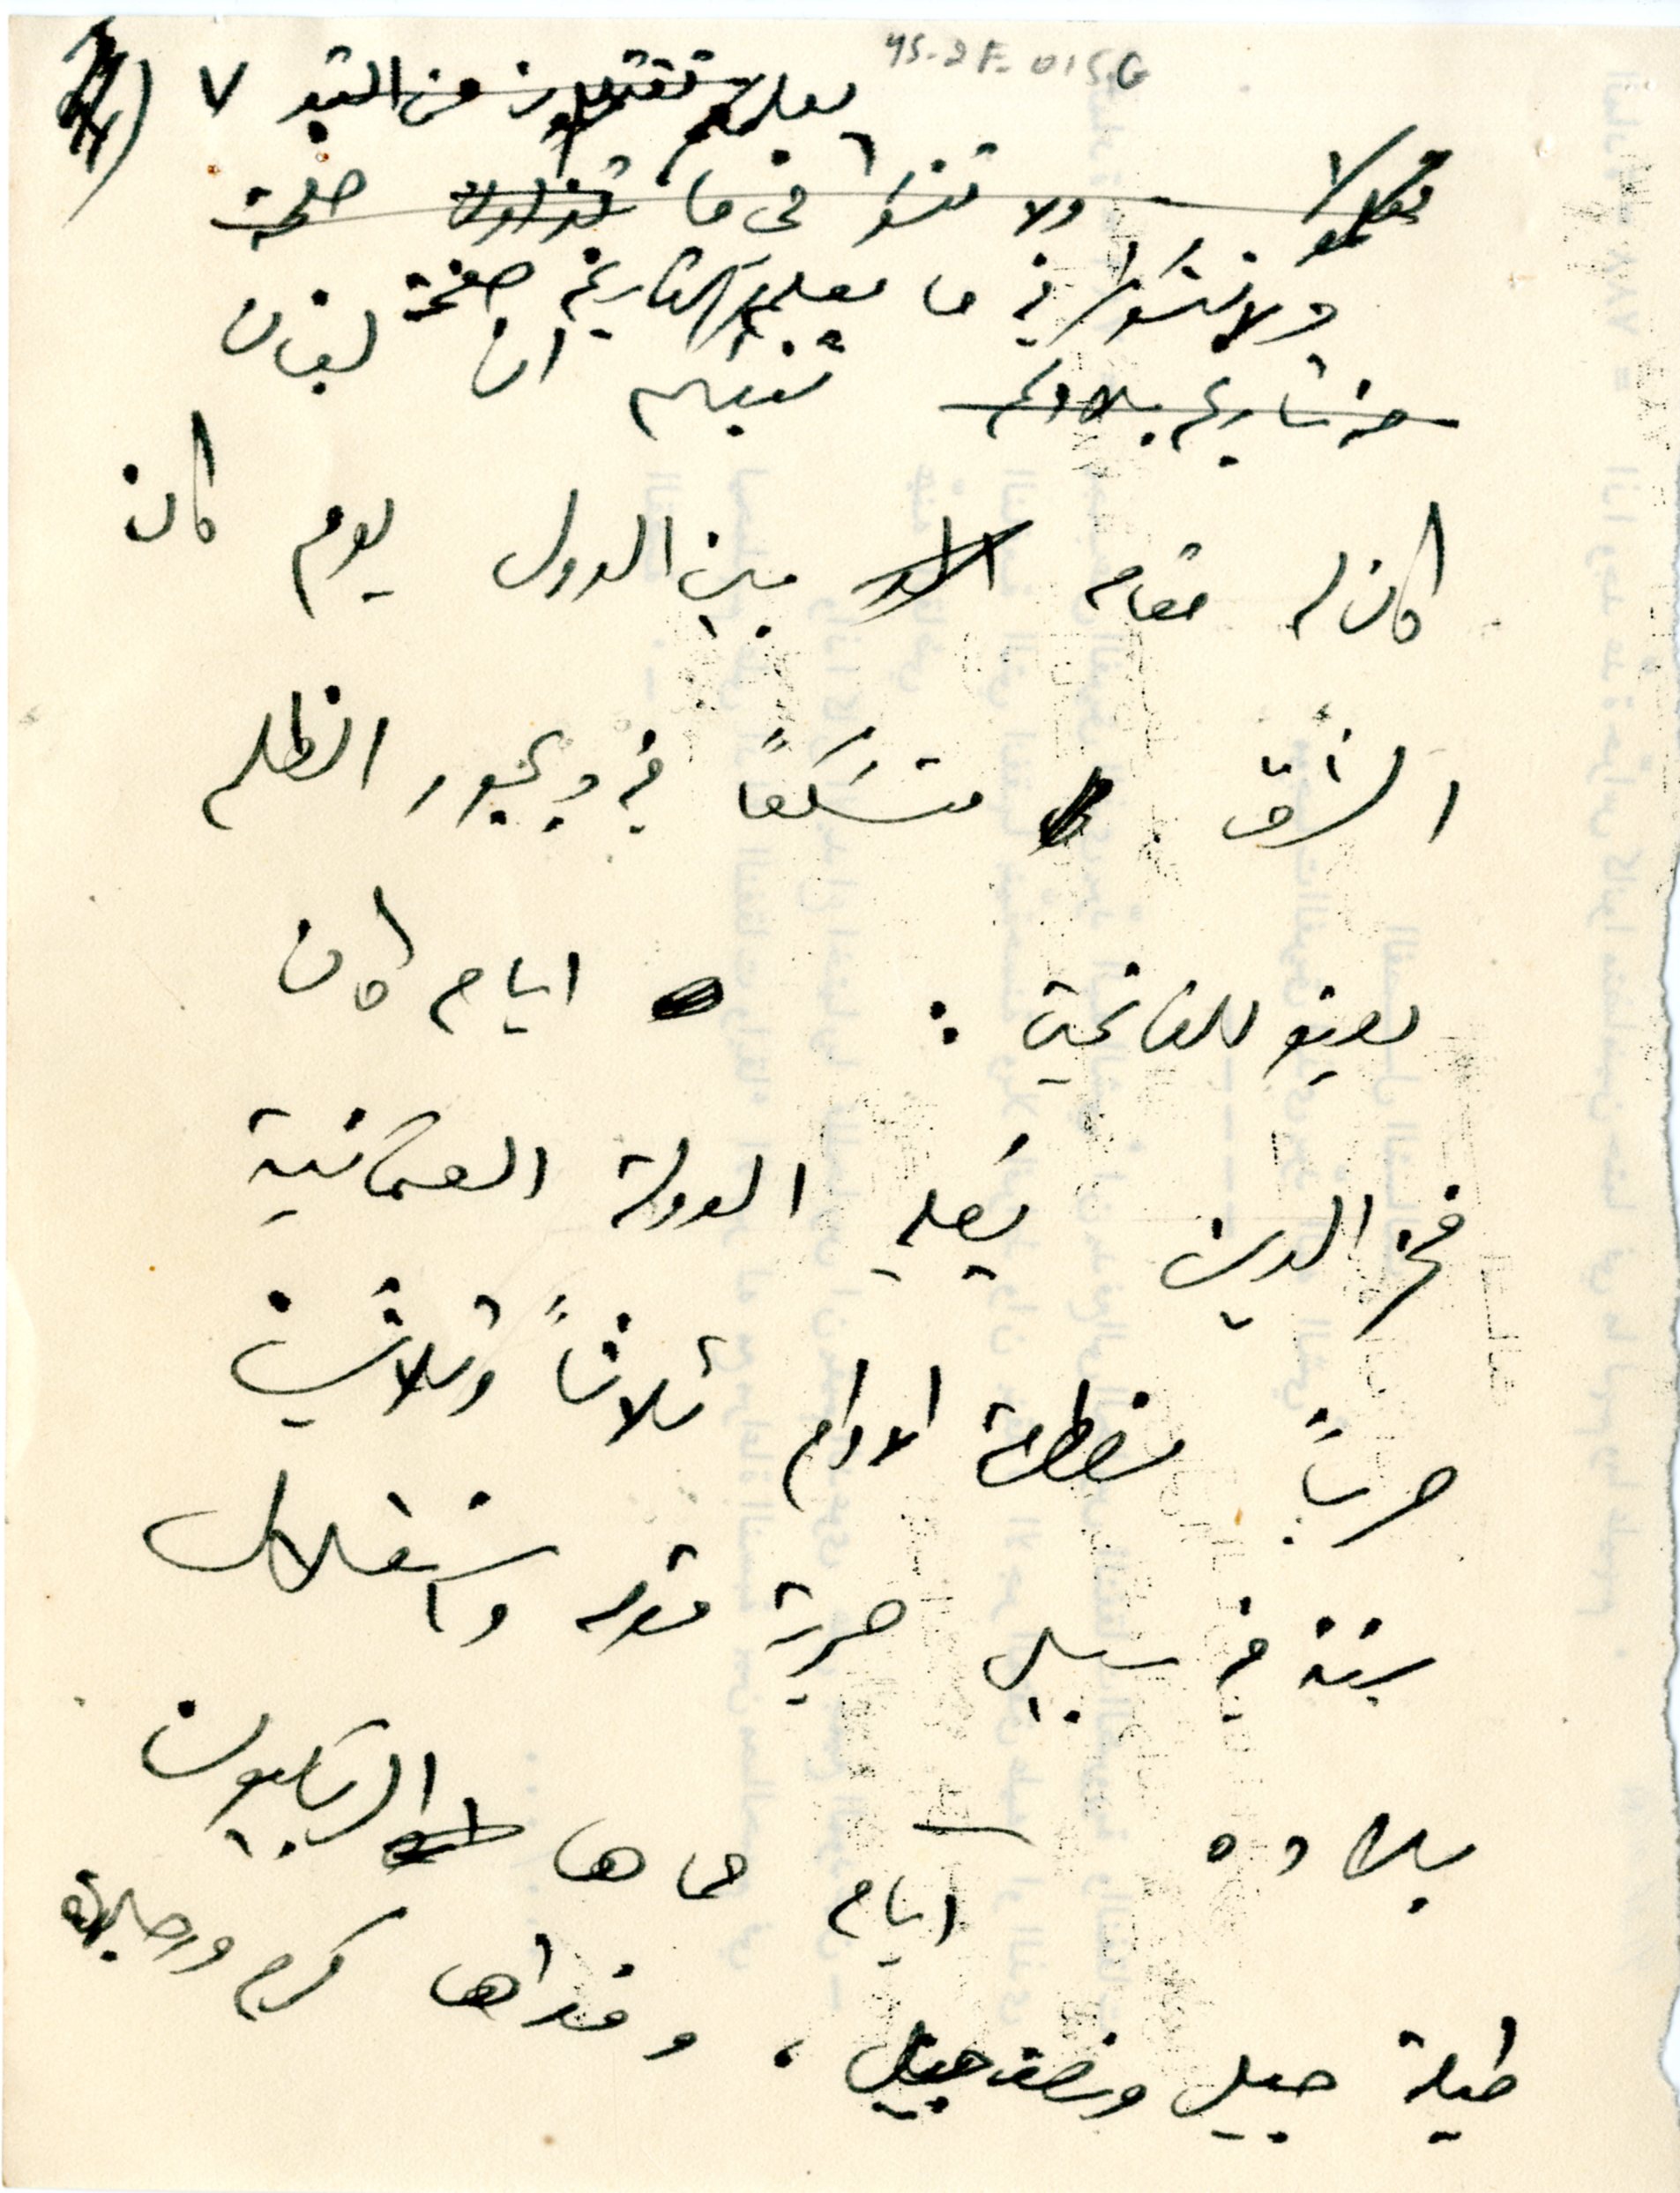
٧	YS_2F_015G
ولا تنسو ان في ما معلمَ التاريخ صفحة
كان له مقام بين الدول يوم كان
الشّرق متسَكعاً في ديجور الظلم
يعتو للفاتحين : ايام كان
فخر الدين يُصلي الدولة العثمانية
حرباً مضطرة الادام ثلاثاً وثلاثين
سنة في سبيل حرية قومه واستقلال
بلاده آيام حماها الشهابيون
طيلة جيل ونصف جيل، وفداها كرم ورجاله
تنبئكم ان لبنان